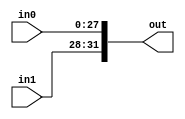
module Concat(
    input wire [27:0] in0,
    input wire [3:0] in1,
    output wire [31:0] out
    );

    assign out = {in1,in0};
                 
endmodule